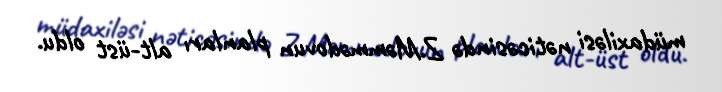
müdaxiləsi nəticəsində Z.Məmmədovun planları alt-üst oldu.